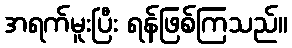
အရက်မူးပြီး ရန်ဖြစ်ကြသည်။